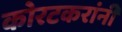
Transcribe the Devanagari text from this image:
कोरटकरांनी